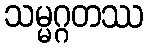
သမ္မဂ္ဂတဿ